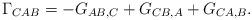
LaTeX: \begin{align*}\Gamma_{CAB}=-G_{AB,C}+G_{CB,A}+G_{CA,B}. \end{align*}